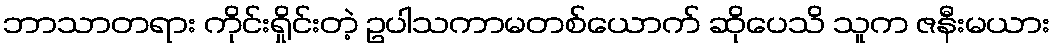
ဘာသာတရား ကိုင်းရှိုင်းတဲ့ ဥပါသကာမတစ်ယောက် ဆိုပေသိ သူက ဇနီးမယား